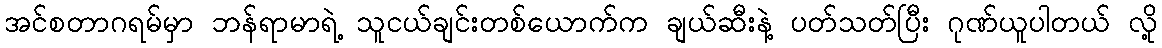
အင်စတာဂရမ်မှာ ဘန်ရာမာရဲ့ သူငယ်ချင်းတစ်ယောက်က ချယ်ဆီးနဲ့ ပတ်သတ်ပြီး ဂုဏ်ယူပါတယ် လို့